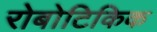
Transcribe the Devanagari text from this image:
रोबोटिकिक